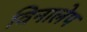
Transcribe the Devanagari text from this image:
विनालेप